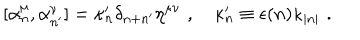
\lbrack \alpha _ { n } ^ { \mu } , \alpha _ { n ^ { \prime } } ^ { \nu } ] = \kappa _ { n } ^ { \prime } \delta _ { n + n ^ { \prime } } \eta ^ { \mu \nu } \, \, , \quad \kappa _ { n } ^ { \prime } \equiv \epsilon ( n ) \kappa _ { | n | } \, \, .